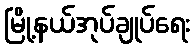
မြို့နယ်အုပ်ချုပ်ရေး